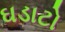
ઘડાટો